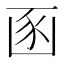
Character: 𮙚